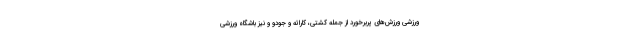
ورزشی ورزش‌های پربرخورد از جمله کشتی، کاراته و جودو و نیز باشگاه ورزشی